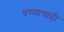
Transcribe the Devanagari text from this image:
धम्माचाही